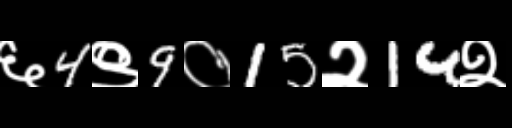
Text: ६4९9०15२14२